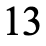
13